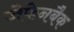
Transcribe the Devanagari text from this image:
जेफेनबैक